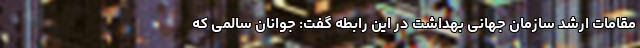
مقامات ارشد سازمان جهانی بهداشت در این رابطه گفت: جوانان سالمی که